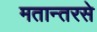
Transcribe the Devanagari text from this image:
मतान्तरसे